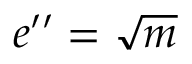
e ^ { \prime \prime } = { \sqrt { m } }